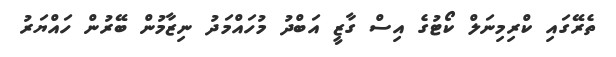
ތެރޭގައި ކްރިމިނަލް ކޯޓުގެ އިސް ގާޒީ އަބްދު މުހައްމަދު ނިޒާމުން ބޭރުން ހައްޔަރު